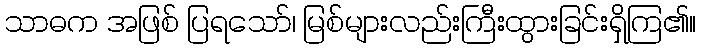
သာဓက အဖြစ် ပြရသော်၊ မြစ်များလည်းကြီးထွားခြင်းရှိကြ၏။